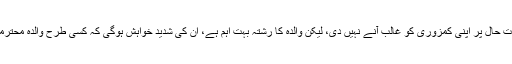
جنرل صاحب نے آج تک کسی بھی صورت حال پر اپنی کمزوری کو غالب آنے نہیں دی، لیکن والدہ کا رشتہ بہت اہم ہے، ان کی شدید خواہش ہوگی کہ کسی طرح والدہ محترمہ کو بھی اپنے ہمراہ رہنے پر قائل کرلیں۔